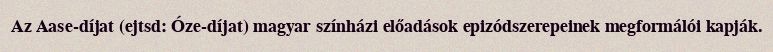
Az Aase-díjat (ejtsd: Óze-díjat) magyar színházi előadások epizódszerepeinek megformálói kapják.